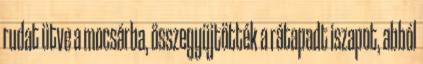
rudat ütve a mocsárba, összegyüjtötték a rátapadt iszapot, abból